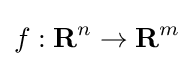
f:\mathbf {R} ^{n}\to \mathbf {R} ^{m}